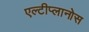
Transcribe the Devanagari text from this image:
एल्टीप्लानोस